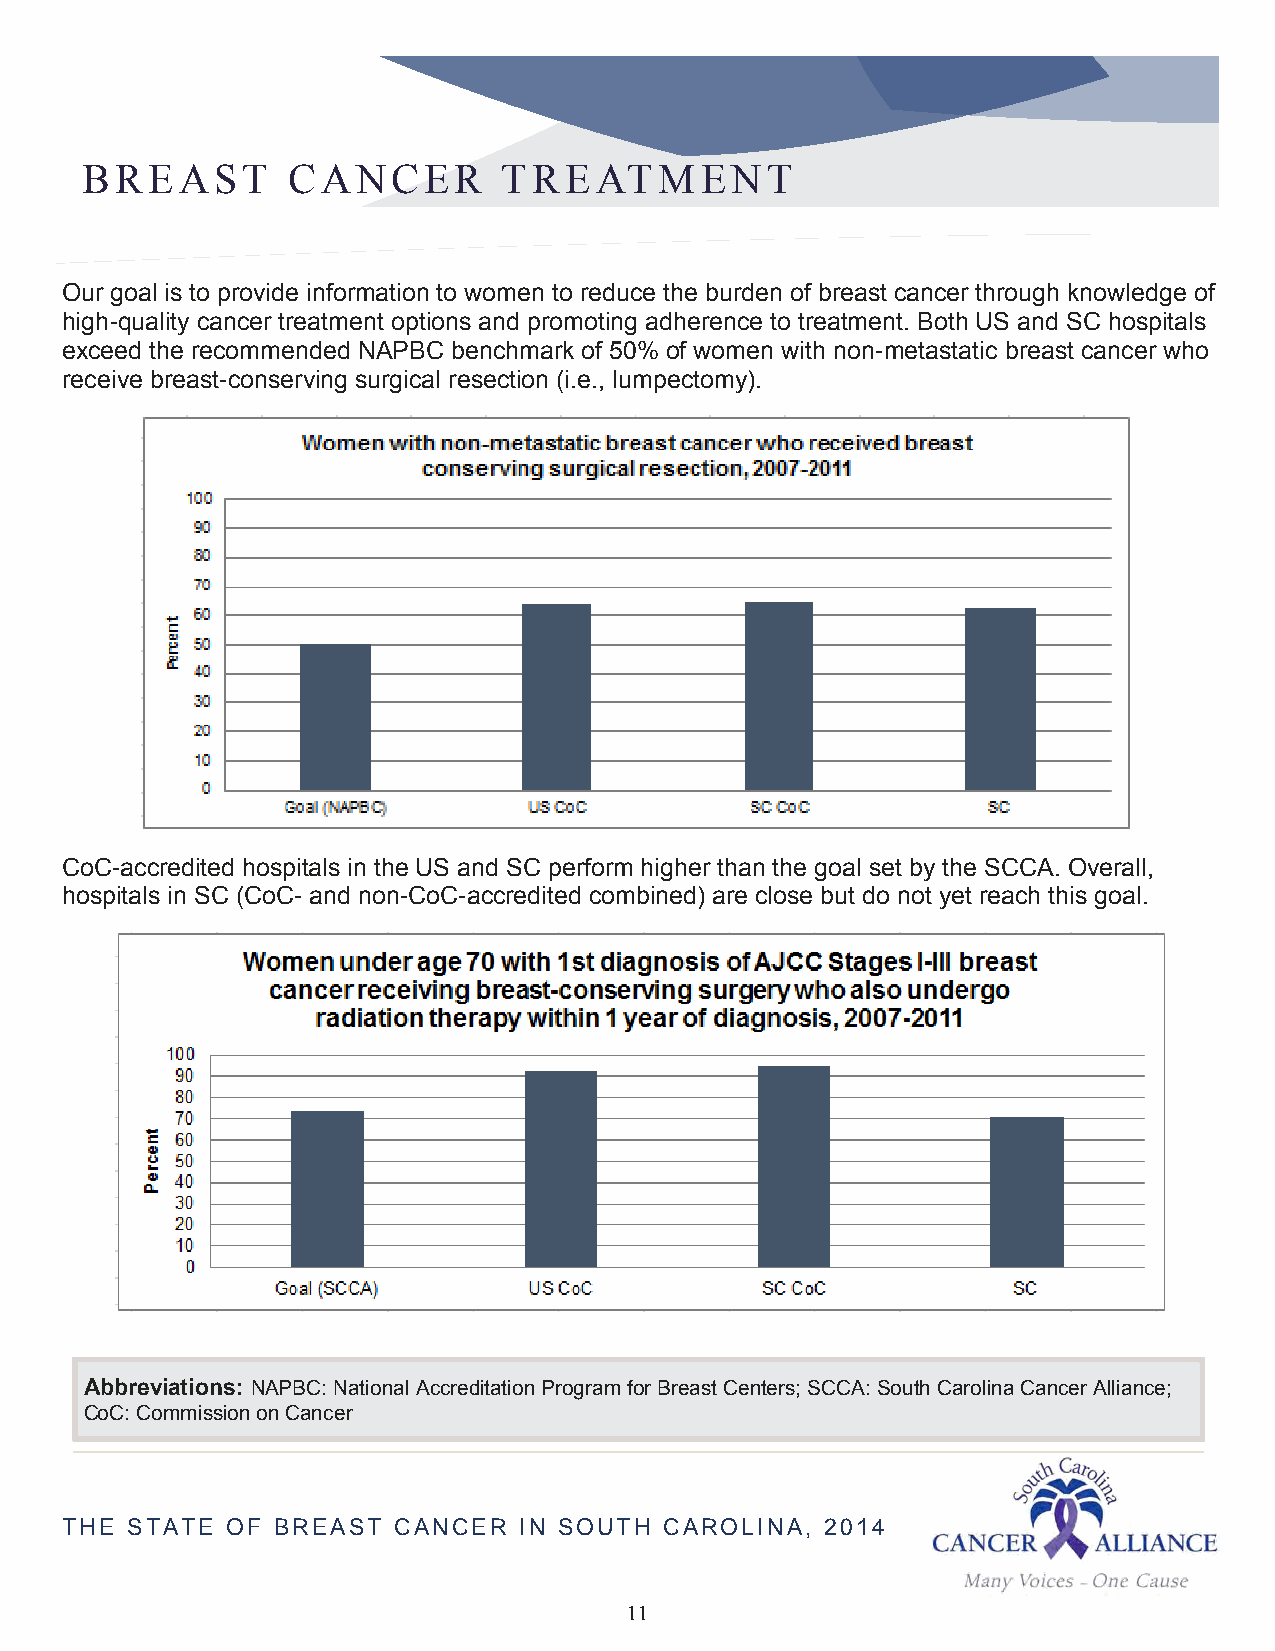
BREAST        CANCER        TREATMENT
 Our goal is to provide information to women to reduce the burden of breast cancer through knowledge of
 high-quality cancer treatment options and promoting adherence to treatment. Both US and SC hospitals
 exceed the recommended NAPBC benchmark of 50% of women with non-metastatic breast cancer who
 receive breast-conserving surgical resection (i.e., lumpectomy).
 CoC-accredited hospitals in the US and SC perform higher than the goal set by the SCCA. Overall,
 hospitals in SC (CoC- and non-CoC-accredited combined) are close but do not yet reach this goal.
 Abbreviations: NAPBC: National Accreditation Program for Breast Centers; SCCA: South Carolina Cancer Alliance;
 CoC: Commission on Cancer
 THE STATE  OF BREAST  CANCER  IN SOUTH  CAROLINA,  2014
 11